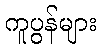
ကူပွန်များ